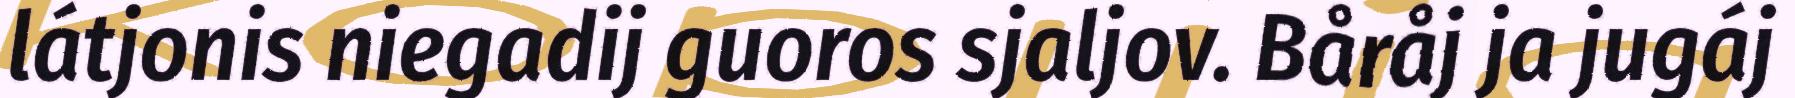
látjonis niegadij guoros sjaljov. Båråj ja jugáj